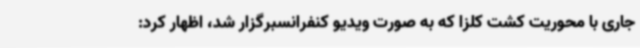
جاری با محوریت کشت کلزا که به صورت ویدیو کنفرانسبرگزار شد، اظهار کرد: